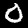
Digit: 0